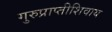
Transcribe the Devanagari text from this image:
गुरुप्राप्तीशिवाय